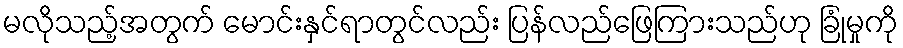
မလိုသည့်အတွက် မောင်းနှင်ရာတွင်လည်း ပြန်လည်ဖြေကြားသည်ဟု ခြုံမှုကို